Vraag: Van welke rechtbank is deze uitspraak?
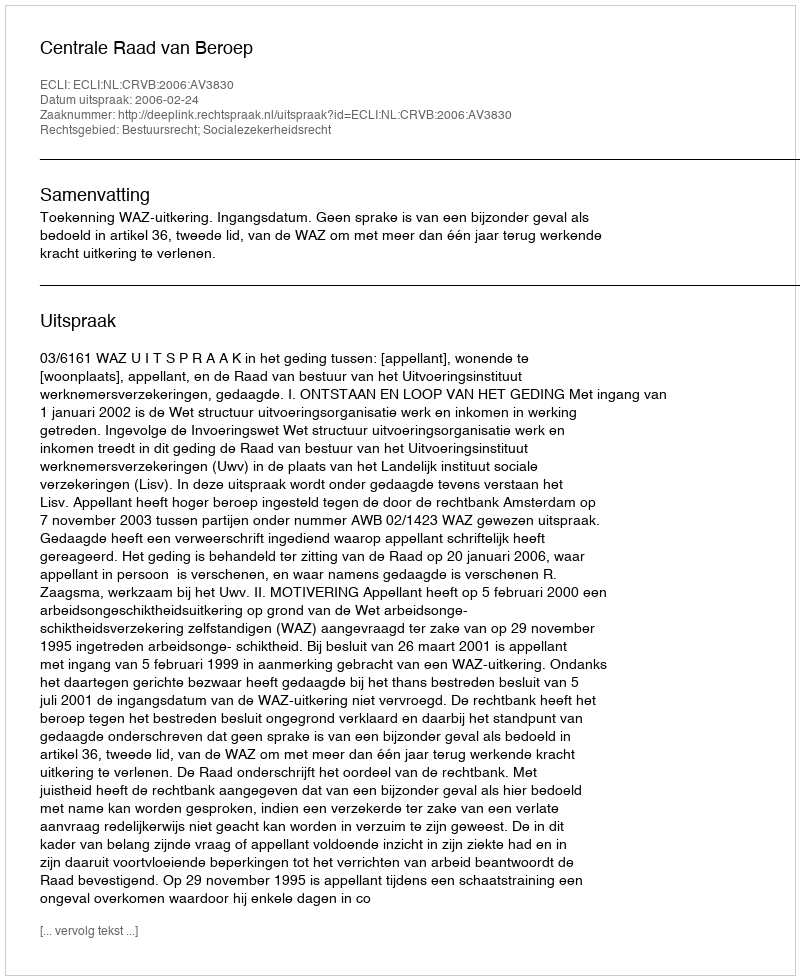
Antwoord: Centrale Raad van Beroep